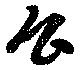
公